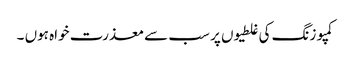
کمپوزنگ کی غلطیوں پر سب سے معذرت خواہ ہوں ۔